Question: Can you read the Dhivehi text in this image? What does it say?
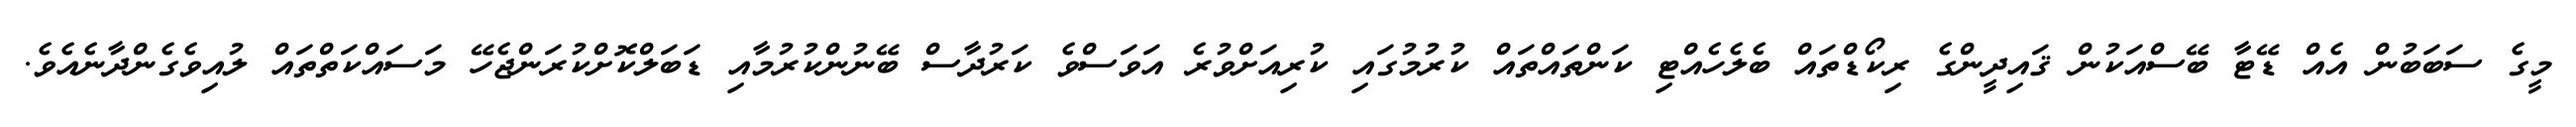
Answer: މީގެ ސަބަބުން އެއް ޑޭޓާ ބޭސްއަކުން ޤައިދީންގެ ރިކޯޑްތައް ބެލެހެއްޓި ކަންތައްތައް ކުރުމުގައި ކުރިއަށްވުރެ އަވަސްވެ ކަރުދާސް ބޭނުންކުރުމާއި ޑަބަލްކޮށްކުރަންޖެހޭ މަސައްކަތްތައް ލުއިވެގެންދާނެއެވެ.